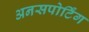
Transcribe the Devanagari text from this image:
अनसपोर्टिंग